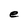
Character: e